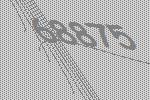
68875